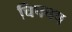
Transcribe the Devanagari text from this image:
चिपचप